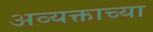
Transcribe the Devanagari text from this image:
अव्यक्ताच्या